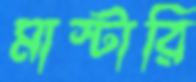
মাস্টারি